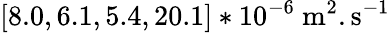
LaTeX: [8.0,6.1,5.4,20.1]*10^{-6}~\mathrm{m}^{2}.\mathrm{s}^{-1}